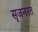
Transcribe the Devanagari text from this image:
सृजनरत